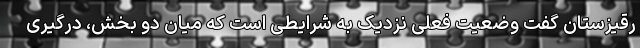
رقیزستان گفت وضعیت فعلی نزدیک به شرایطی است که میان دو بخش، درگیری